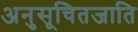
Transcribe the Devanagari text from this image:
अनुसूचितजाति